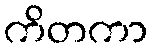
ကိတကာ